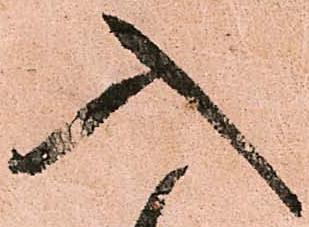
入